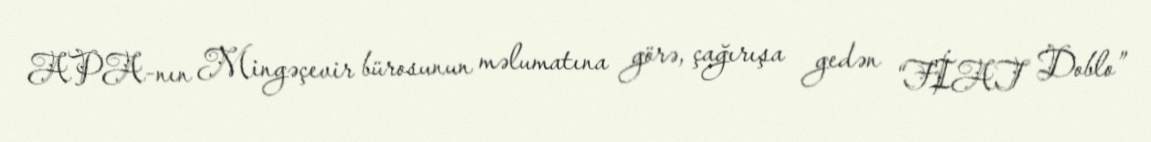
APA-nın Mingəçevir bürosunun məlumatına görə, çağırışa gedən “FİAT Doblo”